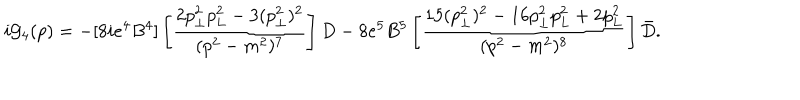
LaTeX: i { \cal G } _ { 4 } ( p ) = - [ 8 i e ^ { 4 } B ^ { 4 } ] \left[ { \frac { 2 p _ { \bot } ^ { 2 } p _ { L } ^ { 2 } - 3 ( p _ { \bot } ^ { 2 } ) ^ { 2 } } { ( p ^ { 2 } - m ^ { 2 } ) ^ { 7 } } } \right] D - 8 e ^ { 5 } B ^ { 5 } \left[ { \frac { 1 5 ( p _ { \bot } ^ { 2 } ) ^ { 2 } - 1 6 p _ { \bot } ^ { 2 } p _ { L } ^ { 2 } + 2 p _ { L } ^ { 2 } } { ( p ^ { 2 } - m ^ { 2 } ) ^ { 8 } } } \right] \bar { D } .